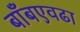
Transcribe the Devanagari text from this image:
बाँबएवढा